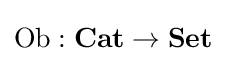
{\text{Ob}}:{\textbf {Cat}}\to {\textbf {Set}}